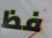
فظ